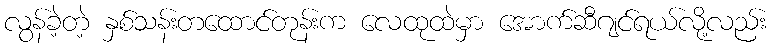
လွန်ခဲ့တဲ့ နှစ်သန်းတထောင်တုန်းက လေထုထဲမှာ အောက်ဆီဂျင်ရယ်လို့လည်း